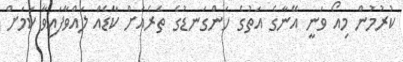
ކުރުމުން މިއޯ ވަނީ އޭނާގެ އަތުގެ ހަންގަނޑުގެ ތެރެއަށް ކާޑެއް ލައްވާފައިވާ ކަމަށް